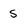
Character: S